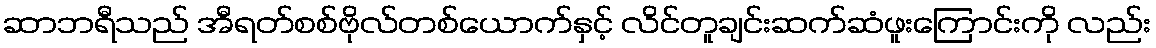
ဆာဘရီသည် အီရတ်စစ်ဗိုလ်တစ်ယောက်နှင့် လိင်တူချင်းဆက်ဆံဖူးကြောင်းကို လည်း